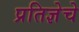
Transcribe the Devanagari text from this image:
प्रतिज्ञेचे